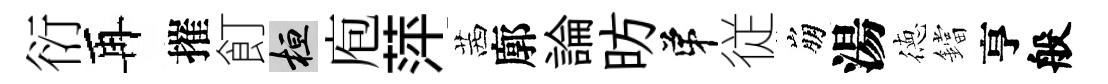
衍再摧飣桓庖萍茜廓論昉弟従崩湯徳鐺亨般